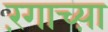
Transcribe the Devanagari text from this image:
रंगाच्य़ा